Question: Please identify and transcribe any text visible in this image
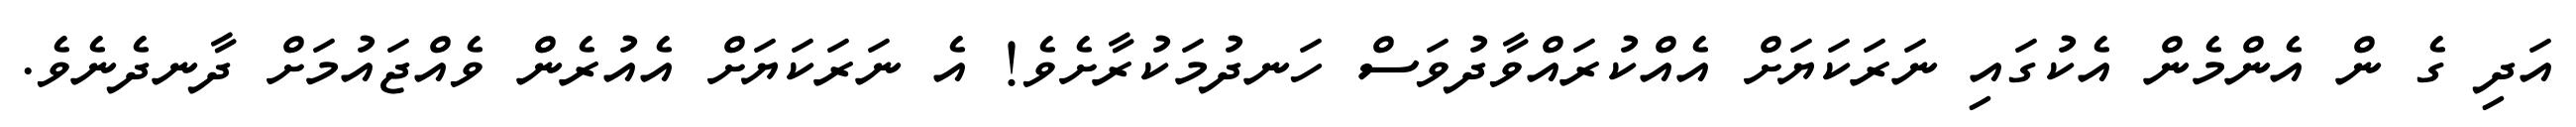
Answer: އަދި ގެ ން އެންމެން އެކުގައި ނަރަކަޔަށް އެއްކުރައްވާދުވަސް ހަނދުމަކުރާށެވެ! އެ ނަރަކަޔަށް އެއުރެން ވެއްޖައުމަށް ދާނދެނެވެ.